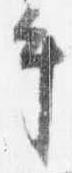
手